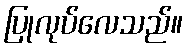
ပြုလုပ်လေသည်။